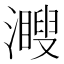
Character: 𤁨